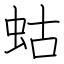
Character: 蛄